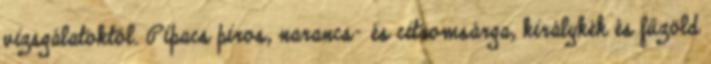
vizsgálatoktól. Pipacs piros, narancs- és citromsárga, királykék és fűzöld